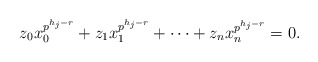
\begin{align*}z_0x_0^{p^{h_{j}-r}}+z_1x_1^{p^{h_{j}-r}}+\cdots+z_nx_n^{p^{h_{j}-r}}=0.\end{align*}